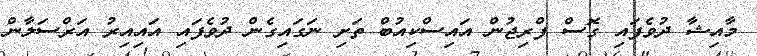
މާއިޝާ ދުވެފައި ގޮސް ފްރިޖުން އައިސްކިއުބް ތަށި ނަގައިގެން ދުވެފައި އައިއިރު އަރްސަލާން